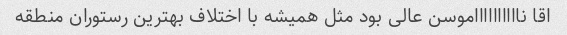
اقا نااااااااااموسن عالی بود مثل همیشه با اختلاف بهترین رستوران منطقه